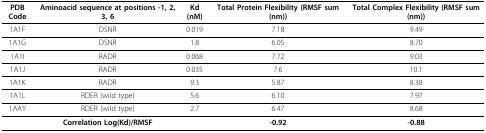
| PDB Code | Aminoacid sequence at positions -1, 2, 3, 6 | Kd (nM) | Total Protein Flexibility (RMSF sum (nm)) | Total Complex Flexibility (RMSF sum (nm)) |
 | --- | --- | --- | --- | --- |
 | 1A1F | DSNR | 0.019 | 7.18 | 9.49 |
 | 1A1G | DSNR | 1.8 | 6.05 | 8.70 |
 | 1A1I | RADR | 0.068 | 7.72 | 9.03 |
 | 1A1J | RADR | 0.035 | 7.6 | 10.1 |
 | 1A1K | RADR | 9.3 | 5.87 | 8.38 |
 | 1A1L | RDER (wild type) | 5.6 | 6.10 | 7.97 |
 | 1AAY | RDER (wild type) | 2.7 | 6.47 | 8.68 |
 |  | Correlation Log(Kd)/RMSF |  | -0.92 | -0.88 |